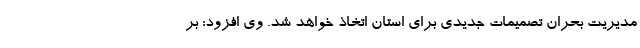
مدیریت بحران تصمیمات جدیدی برای استان اتخاذ خواهد شد. وی افزود: بر